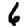
Digit: 6